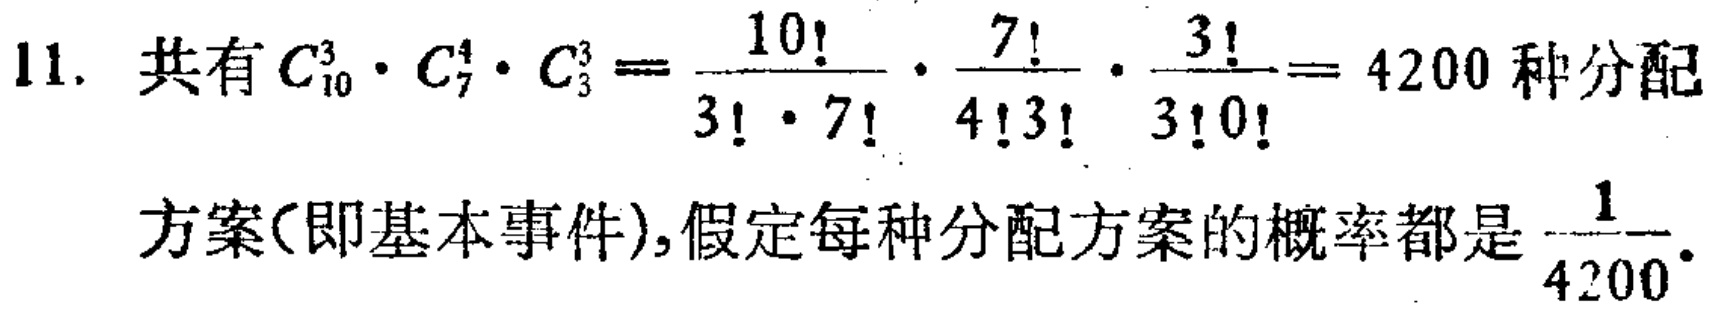
11. 共有 \(C_{10}^3 \cdot C_{7}^4 \cdot C_{3}^3 = \frac{10!}{3! \cdot 7!} \cdot \frac{7!}{4!3!} \cdot \frac{3!}{3!0!} = 4200\) 种分配

方案(即基本事件),假定每种分配方案的概率都是 \(\frac{1}{4200}\).